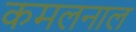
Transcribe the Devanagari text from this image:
कमलनाल